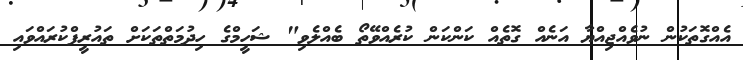
އެއްގޮތަކުން ނުވެއްޖިއްޔާ އަނެއް ގޮތެއް ކަންކަން ކުރެއްވޭތޯ ބެއްލެވި" ޝަހީމްގެ ހިދުމަތްތަކަށް ތައުރީފްކުރައްވައި